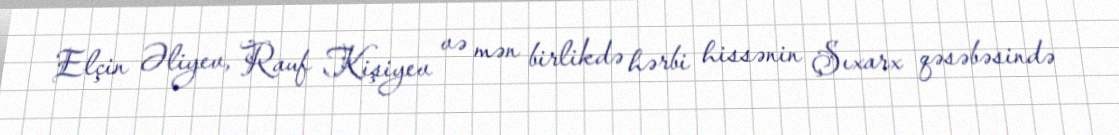
Elçin Əliyev, Rauf Kişiyev və mən birlikdə hərbi hissənin Şıxarx qəsəbəsində